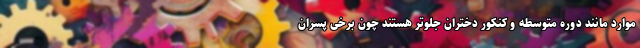
موارد مانند دوره متوسطه و کنکور دختران جلوتر هستند چون برخی پسران